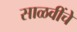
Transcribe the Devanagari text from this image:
साळवींचे